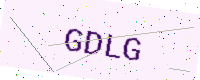
Text: GDLG